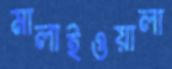
মালাইওয়ালা